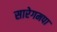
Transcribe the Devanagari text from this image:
सारेगमपा